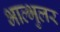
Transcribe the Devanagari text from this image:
भाल्भुलर